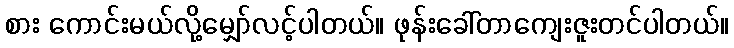
စား ကောင်းမယ်လို့မျှော်လင့်ပါတယ်။ ဖုန်းခေါ်တာကျေးဇူးတင်ပါတယ်။